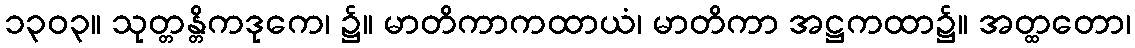
၁၃၀၃။ သုတ္တန္တိကဒုကေ၊ ၌။ မာတိကာကထာယံ၊ မာတိကာ အဋ္ဌကထာ၌။ အတ္ထတော၊